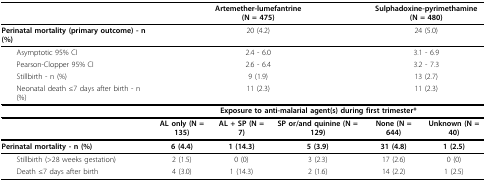
|  | <COLSPAN=3> Artemether-lumefantrine(N = 475) | <COLSPAN=2> Sulphadoxine-pyrimethamine(N = 480) |
 | --- | --- | --- | --- | --- | --- |
 | Perinatal mortality (primary outcome) - n (%) | <COLSPAN=3> 20 (4.2) | <COLSPAN=2> 24 (5.0) |
 | Asymptotic 95% CI | <COLSPAN=3> 2.4 - 6.0 | <COLSPAN=2> 3.1 - 6.9 |
 | Pearson-Clopper 95% CI | <COLSPAN=3> 2.6 - 6.4 | <COLSPAN=2> 3.2 - 7.3 |
 | Stillbirth - n (%) | <COLSPAN=3> 9 (1.9) | <COLSPAN=2> 13 (2.7) |
 | Neonatal death ≤7 days after birth - n (%) | <COLSPAN=3> 11 (2.3) | <COLSPAN=2> 11 (2.3) |
 |  | <COLSPAN=5> Exposure to anti-malarial agent(s) during first trimester* |
 |  | AL only (N = 135) | AL + SP (N = 7) | SP or/and quinine (N = 129) | None (N = 644) | Unknown (N = 40) |
 | Perinatal mortality - n (%) | 6 (4.4) | 1 (14.3) | 5 (3.9) | 31 (4.8) | 1 (2.5) |
 | Stillbirth (>28 weeks gestation) | 2 (1.5) | 0 (0) | 3 (2.3) | 17 (2.6) | 0 (0) |
 | Death ≤7 days after birth | 4 (3.0) | 1 (14.3) | 2 (1.6) | 14 (2.2) | 1 (2.5) |